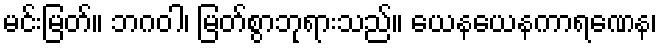
မင်းမြတ်။ ဘဂဝါ၊ မြတ်စွာဘုရားသည်။ ယေနယေနကာရဏေန၊